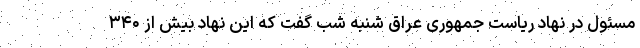
مسئول در نهاد ریاست جمهوری عراق شنبه شب گفت که این نهاد بیش از ۳۴۰